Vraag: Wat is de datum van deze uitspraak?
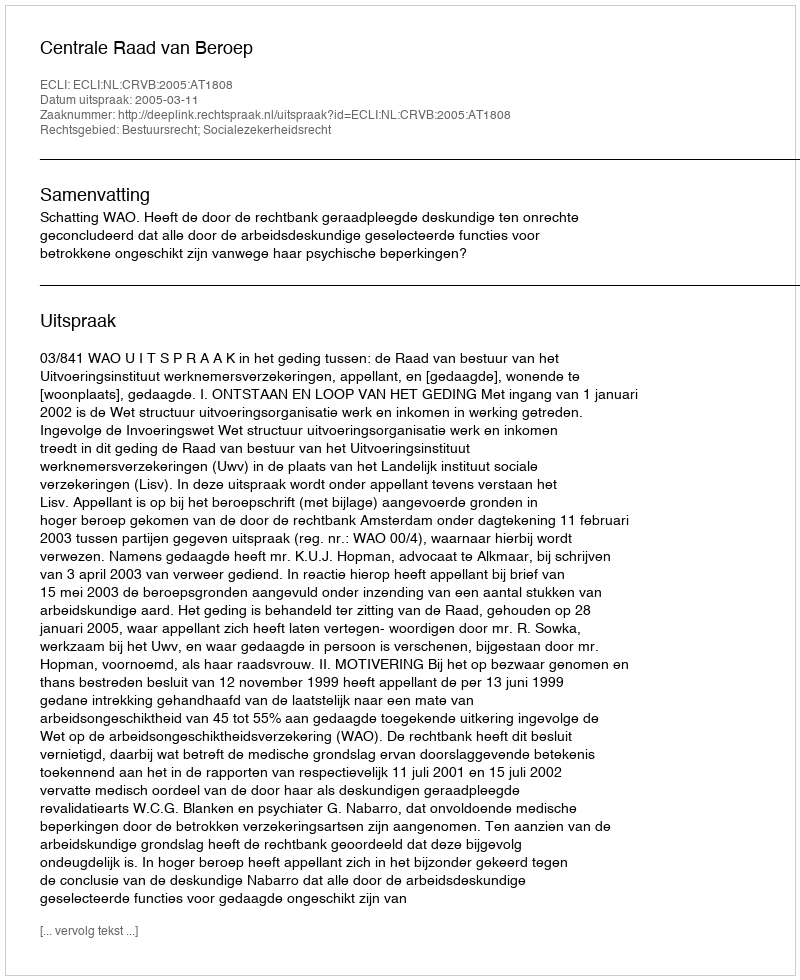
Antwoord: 2005-03-11